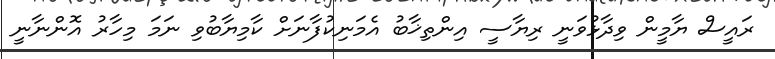
ރައީސް ޔާމީން ވިދާޅުވަނީ ރިޔާސީ އިންތިޚާބު އެމަނިކުފާނަށް ކާމިޔާބުވި ނަމަ މިހާރު އޮންނާނީ